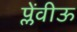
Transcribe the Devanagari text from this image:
प्लेंवीऊ